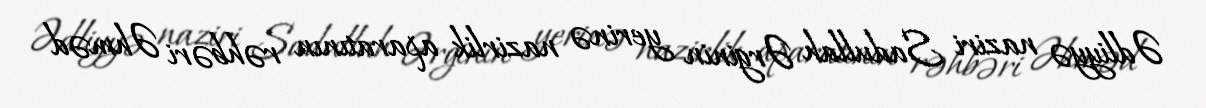
Ədliyyə naziri Sadullah Ərginin yerinə nazirlik aparatının rəhbəri Əhməd